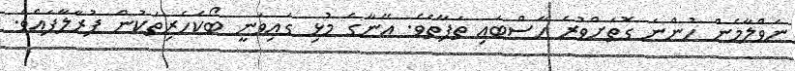
ނަވްލާމެން ހުންނަ ގޮތަށްވުރެ ހާސްބައި ތަފާތެވެ. އޭނާގެ މުޅި ގައިވަނީ ބޯކެހެރިތަކުން ފުރާލާފައެވެ.